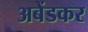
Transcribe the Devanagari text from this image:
अबेंडकर